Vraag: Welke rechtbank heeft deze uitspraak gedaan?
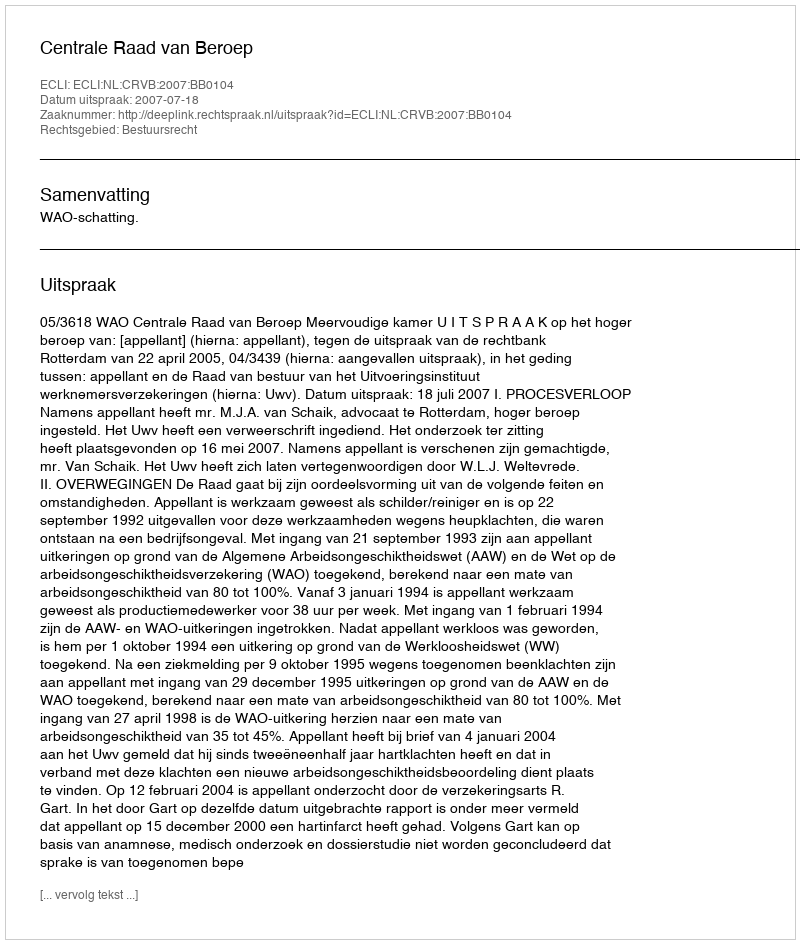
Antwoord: Centrale Raad van Beroep